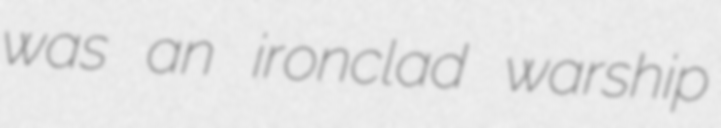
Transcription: was an ironclad warship